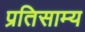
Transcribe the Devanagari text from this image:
प्रतिसाम्य